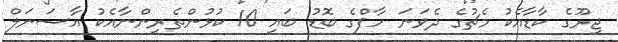
ޖިރޫގެ ކާޑާއެކު މެޗުގެ ދެވަނަ ހާފްގެ ބޮޑު ބައި 10 ކުޅުންތެރިންނާއެކު އާސަނަލް